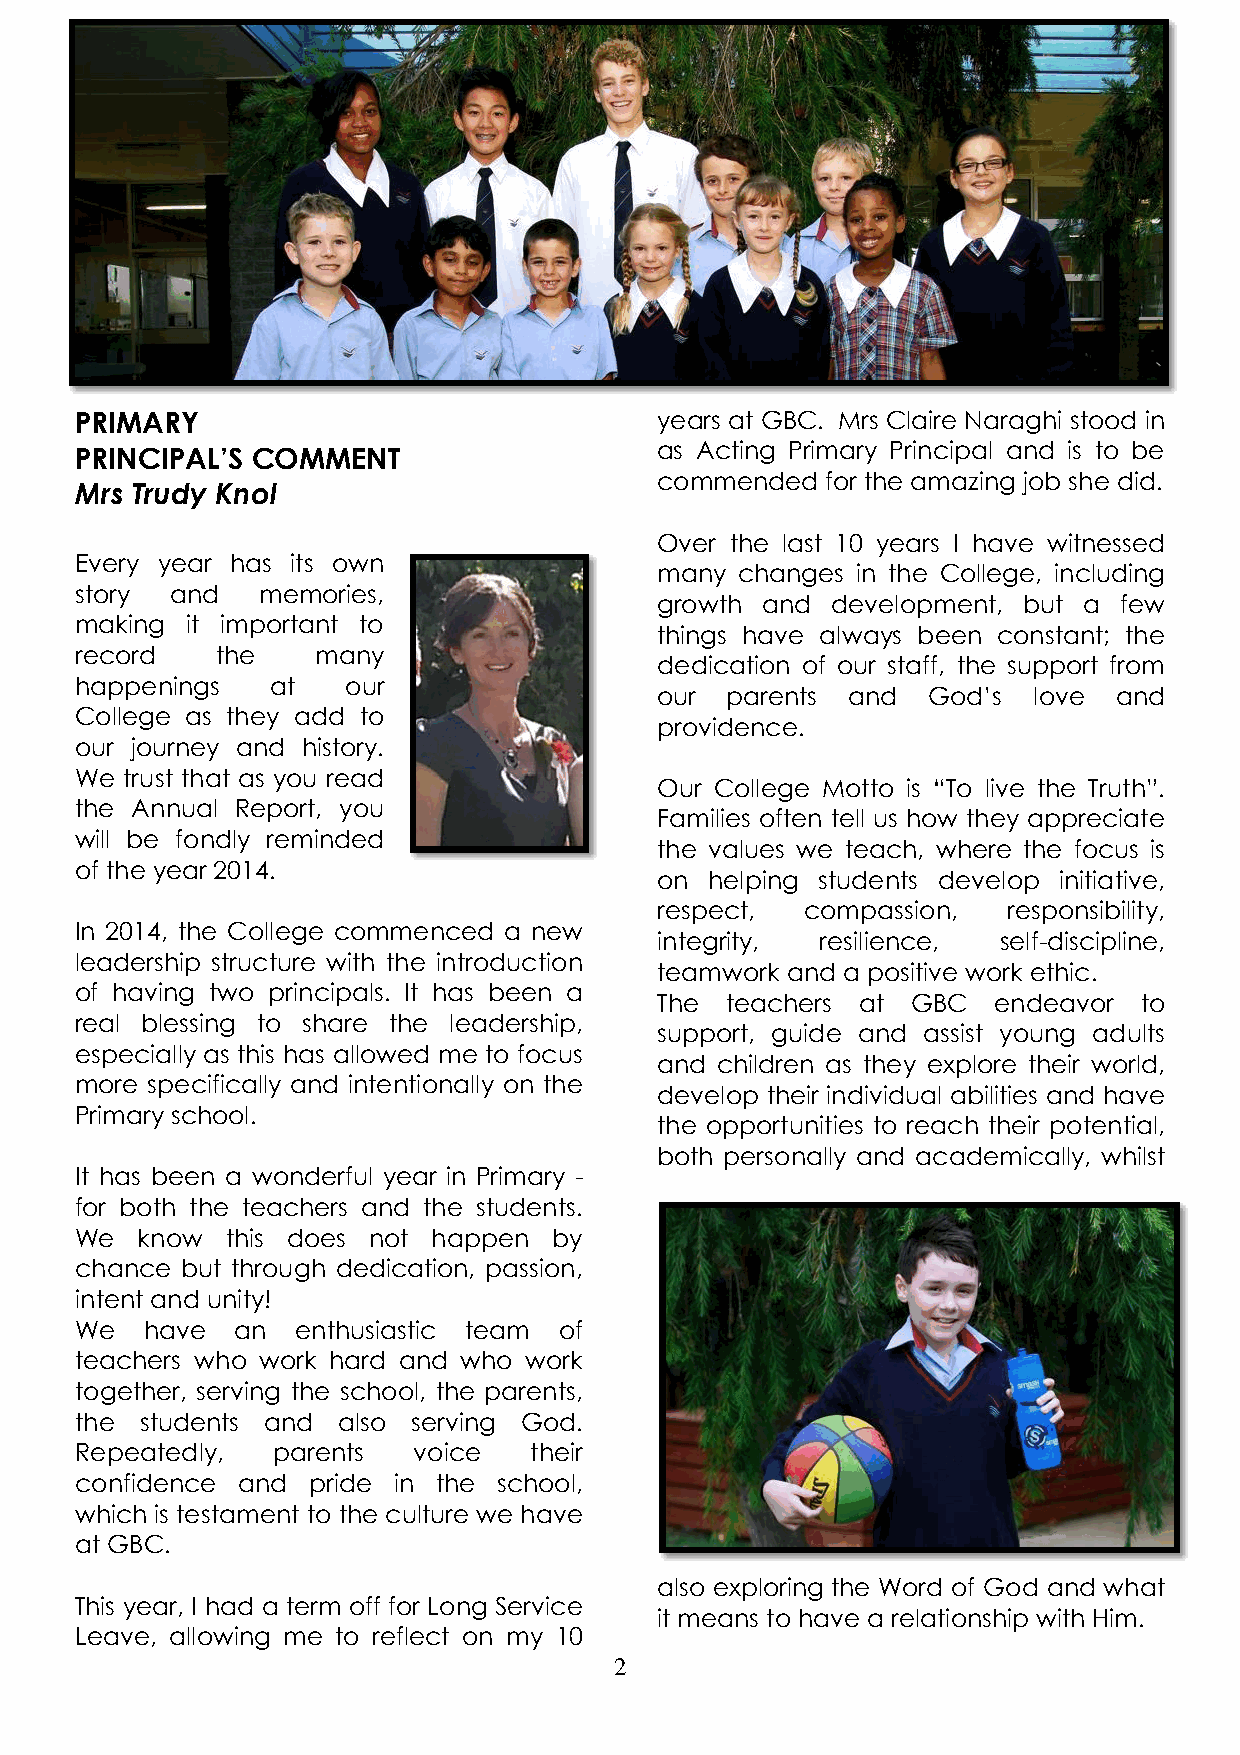
PRIMARY                               years at GBC. Mrs Claire Naraghi stood in
 PRINCIPAL’S COMMENT                   as Acting Primary Principal and is to be
 commended   for the amazing job she did.
 Mrs Trudy Knol
 Over the last 10 years I have witnessed
 Every year has its own
 many  changes in the College, including
 story and   memories,
 growth and  development, but a few
 making it important to
 things have always been constant; the
 record   the    many
 dedication of our staff, the support from
 happenings   at   our
 our  parents and  God’s  love  and
 College as they add to
 providence.
 our journey and history.
 We trust that as you read
 Our College Motto is “To live the Truth”.
 the Annual Report, you
 Families often tell us how they appreciate
 will be fondly reminded
 the values we teach, where the focus is
 of the year 2014.
 on  helping students develop initiative,
 respect,  compassion,   responsibility,
 In 2014, the College commenced a new
 integrity, resilience, self-discipline,
 leadership structure with the introduction
 teamwork and a positive work ethic.
 of having two principals. It has been a
 The  teachers at GBC   endeavor to
 real blessing to share the leadership,
 support, guide and assist young adults
 especially as this has allowed me to focus
 and children as they explore their world,
 more specifically and intentionally on the
 develop their individual abilities and have
 Primary school.
 the opportunities to reach their potential,
 both personally and academically, whilst
 It has been a wonderful year in Primary -
 for both the teachers and the students.
 We  know  this does not happen  by
 chance but through dedication, passion,
 intent and unity!
 We  have   an  enthusiastic team of
 teachers who work hard and who work
 together, serving the school, the parents,
 the students and also serving God.
 Repeatedly,  parents  voice   their
 confidence and pride in the school,
 which is testament to the culture we have
 at GBC.
 also exploring the Word of God and what
 This year, I had a term off for Long Service
 it means to have a relationship with Him.
 Leave, allowing me to reflect on my 10
 2